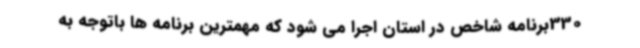
330برنامه شاخص در استان اجرا می شود که مهمترین برنامه ها باتوجه به